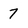
Character: 7